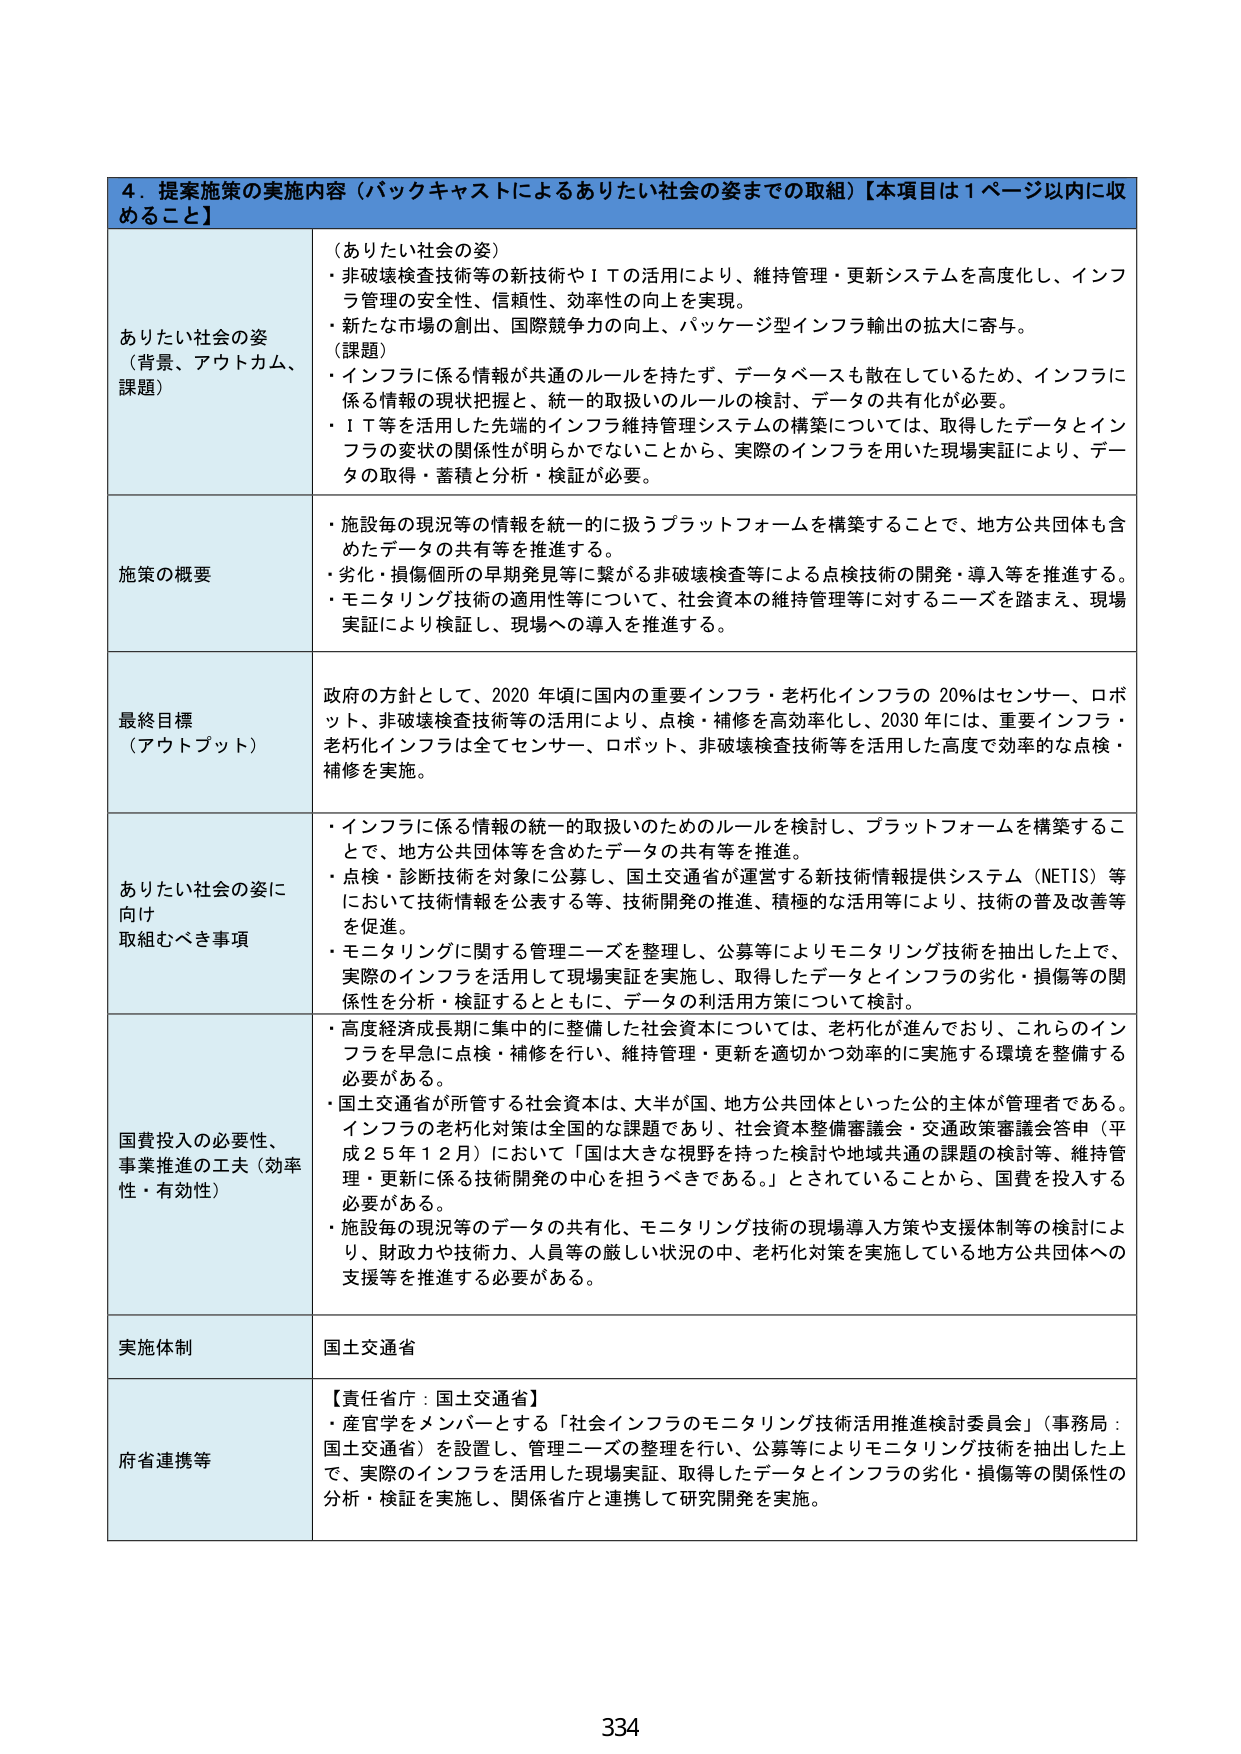
4．提案施策の実施内容（バックキャストによるありたい社会の姿までの取組）【本項目は1ページ以内に収めること】

ありたい社会の姿
（背景、アウトカム、課題）
（ありたい社会の姿）
・非破壊検査技術等の新技術やＩＴの活用により、維持管理・更新システムを高度化し、インフラ管理の安全性、信頼性、効率性の向上を実現。
・新たな市場の創出、国際競争力の向上、パッケージ型インフラ輸出の拡大に寄与。
（課題）
・インフラに係る情報が共通のルールを持たず、データベースも散在しているため、インフラに係る情報の現状把握と、統一的取扱いのルールの検討、データの共有化が必要。
・ＩＴ等を活用した先端的インフラ維持管理システムの構築については、取得したデータとインフラの変状の関係性が明らかでないことから、実際のインフラを用いた現場実証により、データの取得・蓄積と分析・検証が必要。

施策の概要
・施設毎の現況等の情報を統一的に扱うプラットフォームを構築することで、地方公共団体も含めたデータの共有等を推進する。
・劣化・損傷個所の早期発見等に繋がる非破壊検査等による点検技術の開発・導入等を推進する。
・モニタリング技術の適用性等について、社会資本の維持管理等に対するニーズを踏まえ、現場実証により検証し、現場への導入を推進する。

最終目標
（アウトプット）
政府の方針として、2020年頃に国内の重要インフラ・老朽化インフラの20％はセンサー、ロボット、非破壊検査技術等の活用により、点検・補修を高効率化し、2030年には、重要インフラ・老朽化インフラは全てセンサー、ロボット、非破壊検査技術等を活用した高度で効率的な点検・補修を実施。

ありたい社会の姿に向け取組むべき事項
・インフラに係る情報の統一的取扱いのためのルールを検討し、プラットフォームを構築することで、地方公共団体等を含めたデータの共有等を推進。
・点検・診断技術を対象に公募し、国土交通省が運営する新技術情報提供システム（NETIS）等において技術情報を公表する等、技術開発の推進、積極的な活用等により、技術の普及改善等を促進。
・モニタリングに関する管理ニーズを整理し、公募等によりモニタリング技術を抽出した上で、実際のインフラを活用して現場実証を実施し、取得したデータとインフラの劣化・損傷等の関係性を分析・検証するとともに、データの利活用方策について検討。

国費投入の必要性、事業推進の工夫（効率性・有効性）
・高度経済成長期に集中的に整備した社会資本については、老朽化が進んでおり、これらのインフラを早急に点検・補修を行い、維持管理・更新を適切かつ効率的に実施する環境を整備する必要がある。
・国土交通省が所管する社会資本は、大半が国、地方公共団体といった公的主体が管理者である。インフラの老朽化対策は全国的な課題であり、社会資本整備審議会・交通政策審議会答申（平成25年12月）において「国は大きな視野を持った検討や地域共通の課題の検討等、維持管理・更新に係る技術開発の中心を担うべきである。」とされていることから、国費を投入する必要がある。
・施設毎の現況等のデータの共有化、モニタリング技術の現場導入方策や支援体制等の検討により、財政力や技術力、人員等の厳しい状況の中、老朽化対策を実施している地方公共団体への支援等を推進する必要がある。

実施体制
国土交通省

府省連携等
【責任省庁：国土交通省】
・産官学をメンバーとする「社会インフラのモニタリング技術活用推進検討委員会」（事務局：国土交通省）を設置し、管理ニーズの整理を行い、公募等によりモニタリング技術を抽出した上で、実際のインフラを活用した現場実証、取得したデータとインフラの劣化・損傷等の関係性の分析・検証を実施し、関係省庁と連携して研究開発を実施。

334